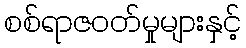
စစ်ရာဇဝတ်မှုများနှင့်